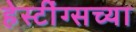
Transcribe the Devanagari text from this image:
हेस्टींग्सच्या